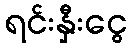
ရင်းနှီးငွေ